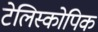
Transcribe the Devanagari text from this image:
टेलिस्कोपिक